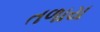
તળાય